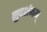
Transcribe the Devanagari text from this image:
सुदर्शनम्